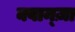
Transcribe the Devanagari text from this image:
क्वान्ज़ा